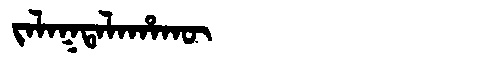
Manchu: ᠵᠠᠯᠠᡴᡨᠠᠯᠠᡥᠠᡴᡡ
Romanization: JALAKTALAHAKŪ